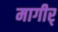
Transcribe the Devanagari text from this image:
मागीर्